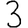
Digit: 3